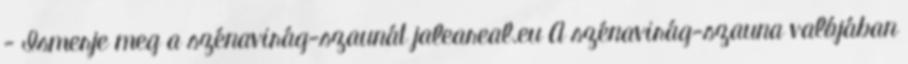
- Ismerje meg a szénavirág-szaunát jaleareal.eu A szénavirág-szauna valójában